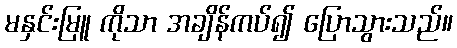
မနှင်းမြူ ကိုသာ အချိန်ကပ်၍ ပြောသွားသည်။